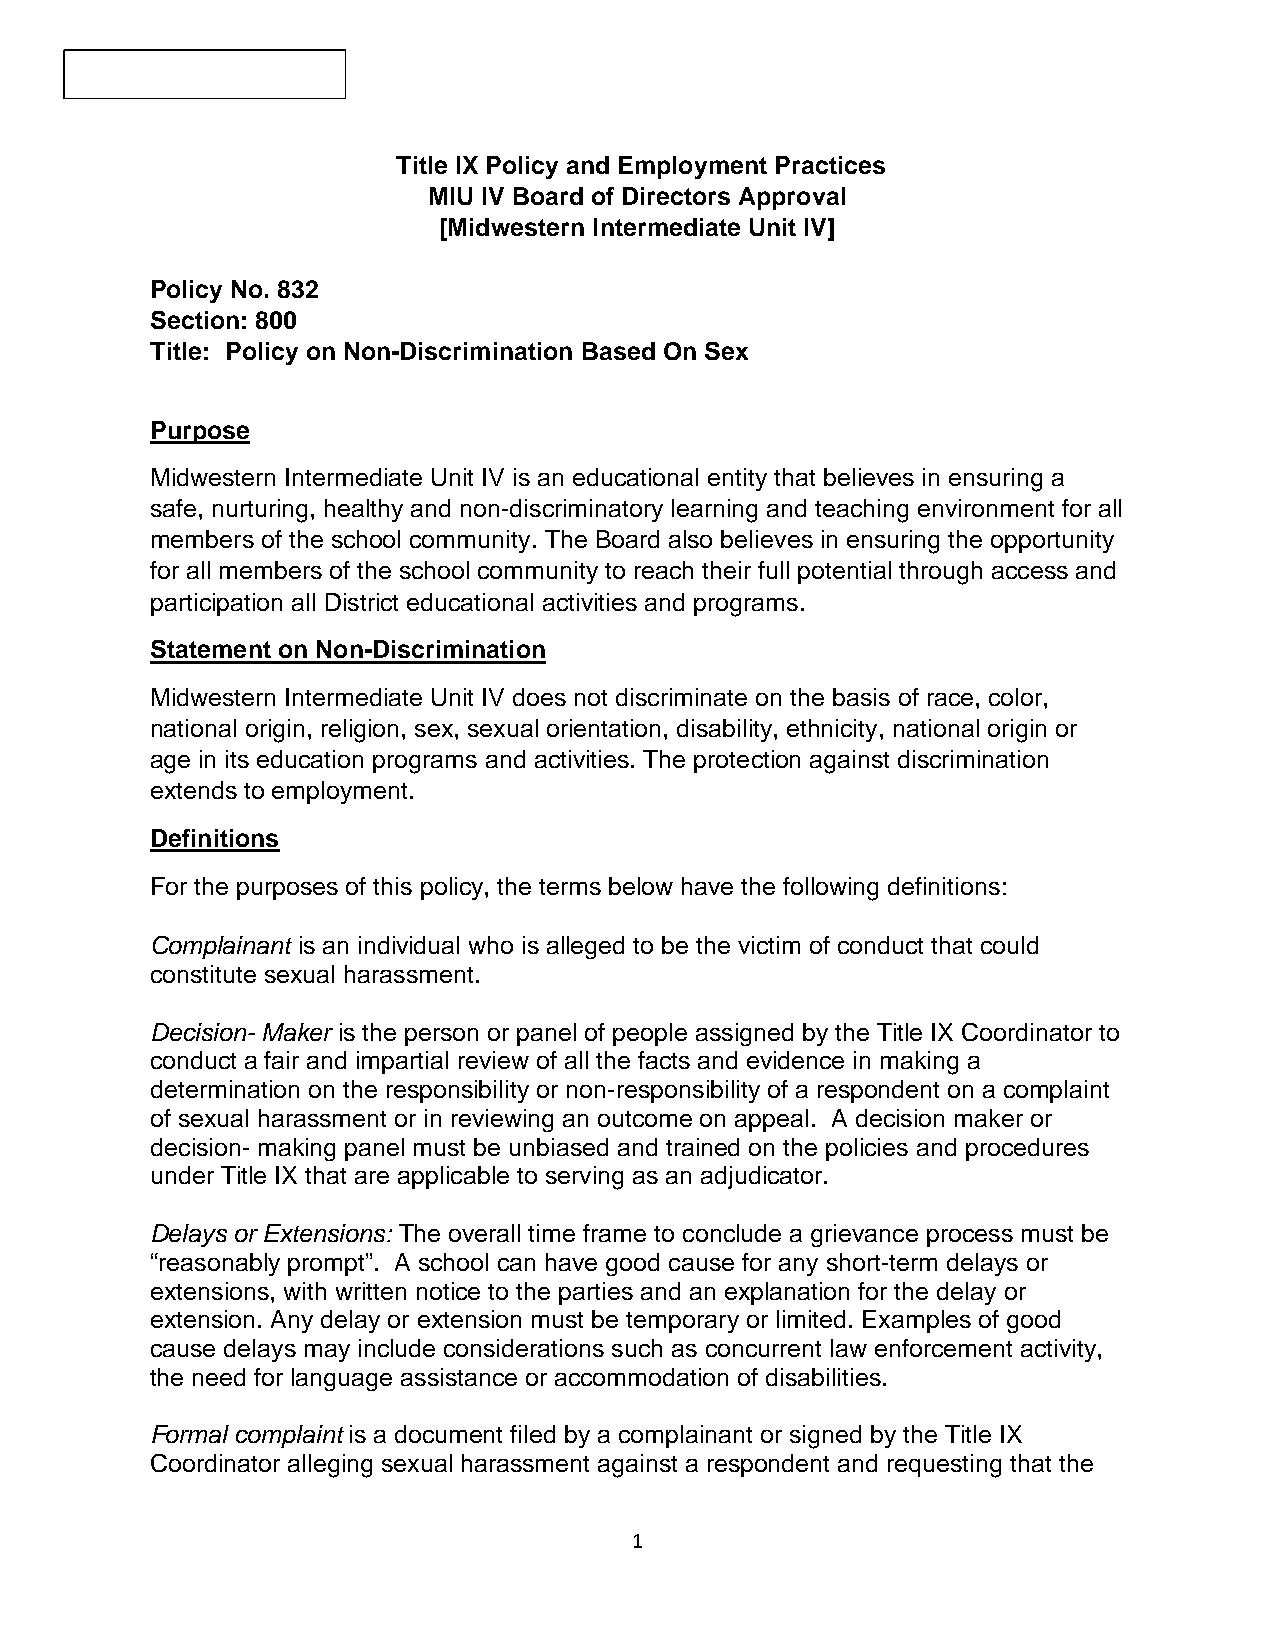
Title IX Policy and Employment Practices
 MIU IV Board of Directors Approval
 [Midwestern Intermediate Unit IV]
 Policy No. 832
 Section: 800
 Title: Policy on Non-Discrimination Based On Sex
 Purpose
 Midwestern Intermediate Unit IV is an educational entity that believes in ensuring a
 safe, nurturing, healthy and non-discriminatory learning and teaching environment for all
 members of the school community. The Board also believes in ensuring the opportunity
 for all members of the school community to reach their full potential through access and
 participation all District educational activities and programs.
 Statement on Non-Discrimination
 Midwestern Intermediate Unit IV does not discriminate on the basis of race, color,
 national origin, religion, sex, sexual orientation, disability, ethnicity, national origin or
 age in its education programs and activities. The protection against discrimination
 extends to employment.
 Definitions
 For the purposes of this policy, the terms below have the following definitions:
 Complainant is an individual who is alleged to be the victim of conduct that could
 constitute sexual harassment.
 Decision- Maker is the person or panel of people assigned by the Title IX Coordinator to
 conduct a fair and impartial review of all the facts and evidence in making a
 determination on the responsibility or non-responsibility of a respondent on a complaint
 of sexual harassment or in reviewing an outcome on appeal. A decision maker or
 decision- making panel must be unbiased and trained on the policies and procedures
 under Title IX that are applicable to serving as an adjudicator.
 Delays or Extensions: The overall time frame to conclude a grievance process must be
 “reasonably prompt”. A school can have good cause for any short-term delays or
 extensions, with written notice to the parties and an explanation for the delay or
 extension. Any delay or extension must be temporary or limited. Examples of good
 cause delays may include considerations such as concurrent law enforcement activity,
 the need for language assistance or accommodation of disabilities.
 Formal complaint is a document filed by a complainant or signed by the Title IX
 Coordinator alleging sexual harassment against a respondent and requesting that the
 1